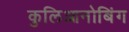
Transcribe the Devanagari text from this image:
कुलिआनोबिंग